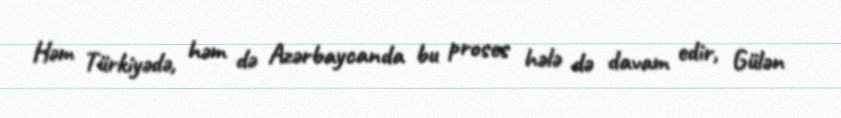
Həm Türkiyədə, həm də Azərbaycanda bu proses hələ də davam edir, Gülən